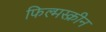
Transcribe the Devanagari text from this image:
फिल्मस्क्रीन